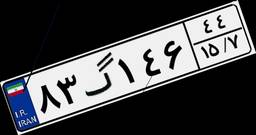
۸۳گ۱۴۶۴۴